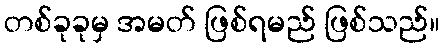
တစ်ခုခုမှ အမတ် ဖြစ်ရမည် ဖြစ်သည်။